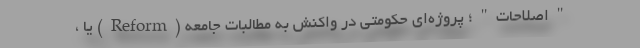
"اصلاحات"؛ پروژه‌ای حکومتی در واکنش به مطالبات جامعه (Reform) یا ،